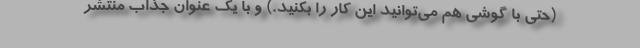
(حتی با گوشی هم می‌توانید این کار را بکنید.) و با یک عنوان جذاب منتشر